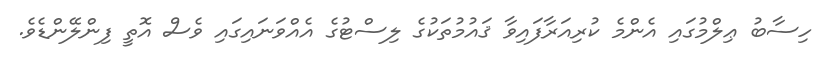
ހިސާބު ޢިލްމުގައި އެންމެ ކުރިއަރާފައިވާ ޤައުމުތަކުގެ ލިސްޓުގެ އެއްވަނައިގައި ވެސް އޮތީ ފިންލޭންޑެވެ.